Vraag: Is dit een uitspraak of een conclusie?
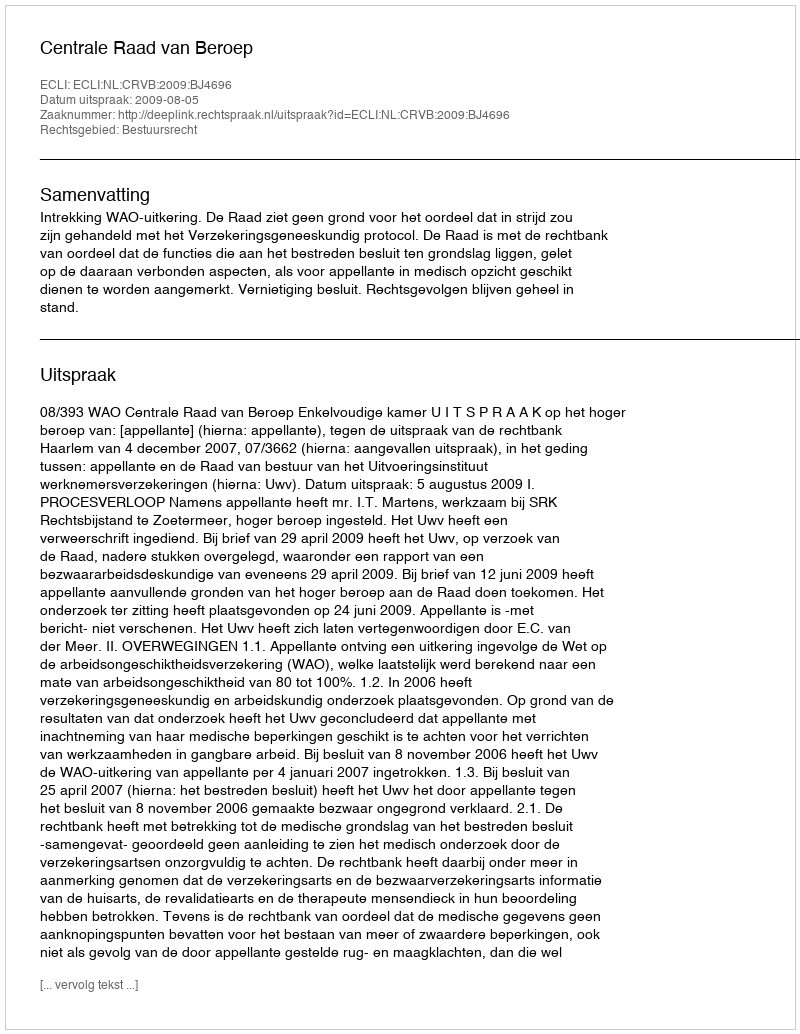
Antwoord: Uitspraak